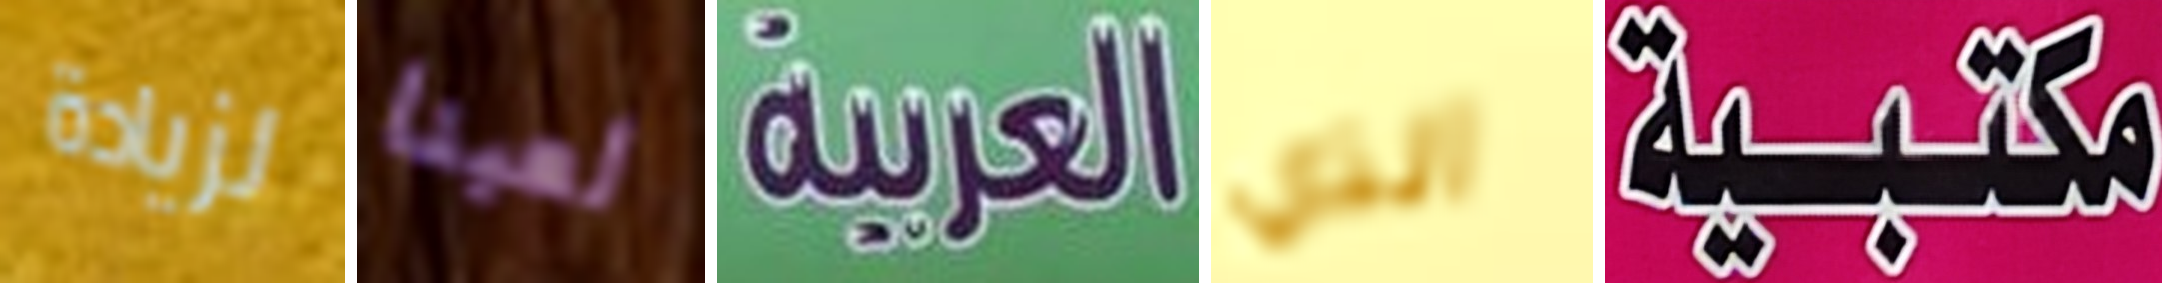
لزيادة لعبنا العربية الذي مكتبية